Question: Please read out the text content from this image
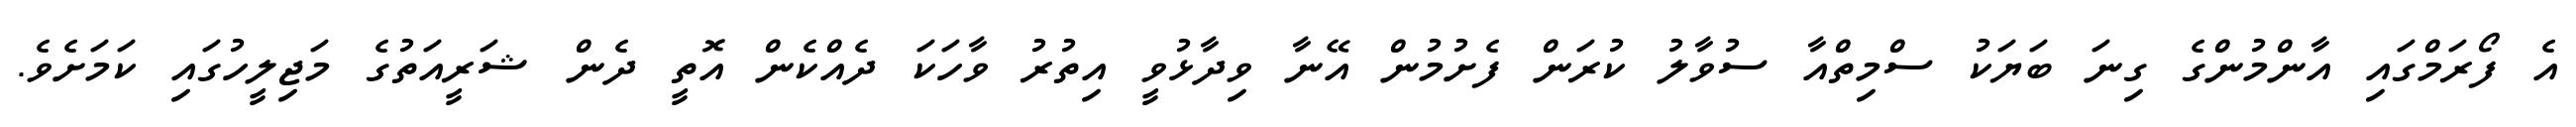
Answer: އެ ފޯރަމްގައި އާންމުންގެ ގިނަ ބަޔަކު ސްމިތްއާ ސުވާލު ކުރަން ފެށުމުން އޭނާ ވިދާޅުވީ އިތުރު ވާހަކަ ދެއްކެން އޮތީ ދެން ޝަރީއަތުގެ މަޖިލީހުގައި ކަމަށެވެ.